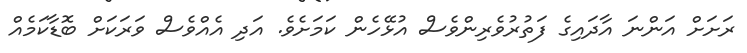
ރަށަށް އަންނަ އާދައިގެ ފަތުރުވެރިންވެސް އުޅޭހެން ކަމަށެވެ. އަދި އެއްވެސް ވަރަކަށް ބޮޑާކަމެއް